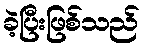
ခဲ့ပြီးဖြစ်သည်